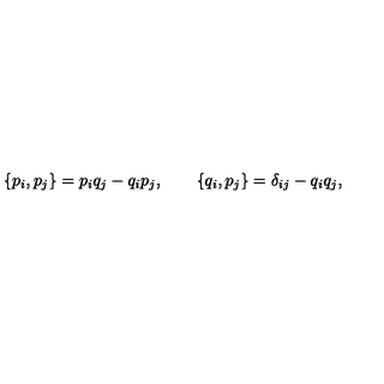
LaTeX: \{ p _ { i } , p _ { j } \} = p _ { i } q _ { j } - q _ { i } p _ { j } , \qquad \{ q _ { i } , p _ { j } \} = \delta _ { i j } - q _ { i } q _ { j } ,